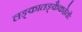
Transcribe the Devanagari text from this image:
लङ्कातङ्कैकहेतोः